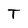
Character: T